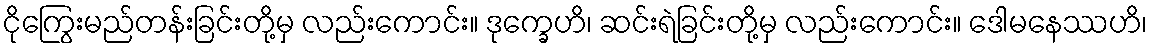
ငိုကြွေးမည်တန်းခြင်းတို့မှ လည်းကောင်း။ ဒုက္ခေဟိ၊ ဆင်းရဲခြင်းတို့မှ လည်းကောင်း။ ဒေါမနေဿဟိ၊